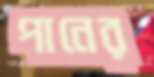
পানের